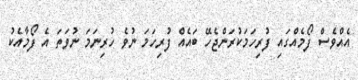
އެއްވެސް ފޯމެއްގައި ފުރިހަމަކުރަންޖެހޭ ބައެއް ފުރިހަމަ ނުވެ ހުރިނަމަ ނުވަތަ އެ ފޯމާއެކު